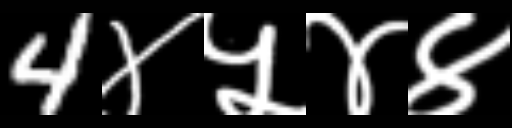
Text: 4४५४४